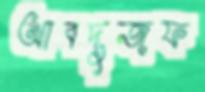
আবদুজফ